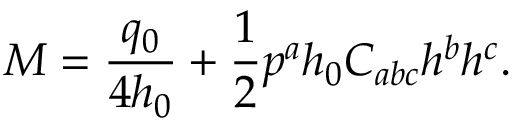
M = { \frac { q _ { 0 } } { 4 h _ { 0 } } } + { \frac { 1 } { 2 } } p ^ { a } h _ { 0 } C _ { a b c } h ^ { b } h ^ { c } .